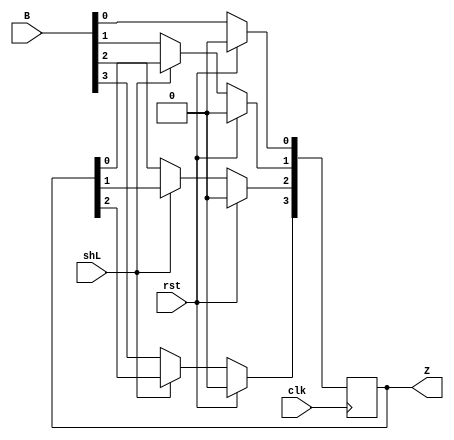
module syncShiftReg (
input wire [3:0] B,
input wire clk,
input wire rst,
input wire shL,
output wire[3:0] Z
);

reg [3:0] R;

always @(posedge clk) begin
	if(rst == 1'b1) begin
		R <= 4'b0000;
	end 

	else if(shL == 1'b1) begin
		R[3] <= R[2]; R[2] <= R[1];
		R[1] <= R[0]; R[0] <= B[0];
	end 

	else begin
		R <= B;
	end

end

assign Z = R;

endmodule